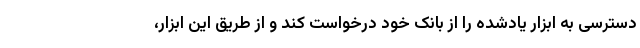
دسترسی به ابزار یادشده را از بانک خود درخواست کند و از طریق این ابزار،